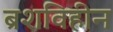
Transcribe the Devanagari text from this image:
ब्रशविहीन